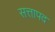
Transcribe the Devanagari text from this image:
सत्तापद